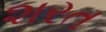
શરત